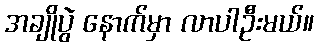
အချိုပွဲ နောက်မှာ လာပါဦးမယ်။